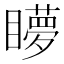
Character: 𥌋